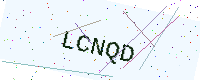
Text: LCNQD